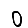
Digit: 0